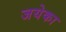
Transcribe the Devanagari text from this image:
जयेका